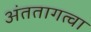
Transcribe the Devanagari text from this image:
अंततागत्वा